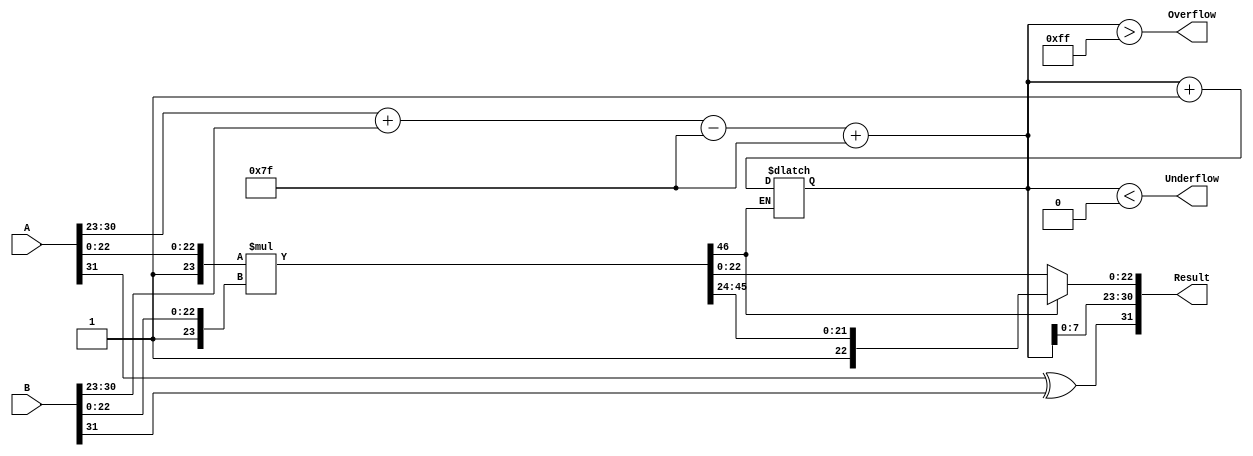
module floating_point_multiplier (
    input  wire [31:0] A,          // First floating-point operand
    input  wire [31:0] B,          // Second floating-point operand
    output reg  [31:0] Result,      // Resulting floating-point product
    output reg  Overflow,           // Overflow flag
    output reg  Underflow           // Underflow flag
);

    // Constants
    localparam BIAS = 8'd127;
    localparam EXPONENT_WIDTH = 8;
    localparam MANTISSA_WIDTH = 23;

    // Internal signals
    wire signA, signB, signResult;
    wire [EXPONENT_WIDTH-1:0] expA, expB, expResult;
    wire [MANTISSA_WIDTH:0] mantA, mantB, mantResult;
    wire [MANTISSA_WIDTH*2:0] mantProduct; // Product of mantissas
    reg [EXPONENT_WIDTH+1:0] expTemp; // Temporary exponent for calculation
    reg [MANTISSA_WIDTH:0] mantNormalized; // Normalized mantissa
    reg [EXPONENT_WIDTH:0] expAdjusted; // Adjusted exponent after normalization

    // Extract sign, exponent, and mantissa
    assign signA = A[31];
    assign signB = B[31];
    assign expA = A[30:23];
    assign expB = B[30:23];
    assign mantA = {1'b1, A[22:0]}; // Implicit leading 1 for normalized numbers
    assign mantB = {1'b1, B[22:0]}; // Implicit leading 1 for normalized numbers

    // Sign calculation
    assign signResult = signA ^ signB;

    // Exponent calculation
    always @(*) begin
        expTemp = {1'b0, expA} + {1'b0, expB} - BIAS; // Add exponents and subtract bias
        expAdjusted = expTemp + BIAS; // Add bias back to the result exponent
    end

    // Mantissa multiplication
    assign mantProduct = mantA * mantB;

    // Normalization
    always @(*) begin
        if (mantProduct[MANTISSA_WIDTH*2]) begin
            // If the product is greater than 1.0, shift right
            mantNormalized = mantProduct[MANTISSA_WIDTH*2:MANTISSA_WIDTH+1]; // Right shift
            expAdjusted = expAdjusted + 1; // Increment exponent
        end else begin
            // If the product is less than 1.0, normalize
            mantNormalized = mantProduct[MANTISSA_WIDTH-1:0]; // Keep the lower part
        end
    end

    // Result assembly
    always @(*) begin
        // Check for overflow and underflow
        Overflow = (expAdjusted > 8'b11111111); // Exponent overflow
        Underflow = (expAdjusted < 8'b00000000); // Exponent underflow

        // Assign result
        Result = {signResult, expAdjusted[EXPONENT_WIDTH-1:0], mantNormalized[MANTISSA_WIDTH-1:0]};
    end

endmodule